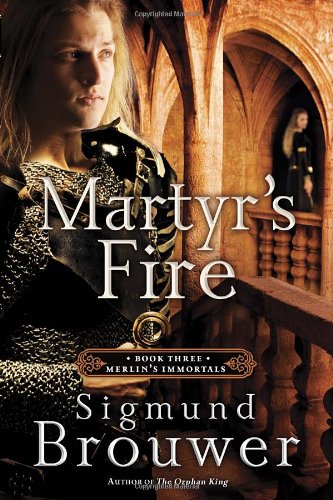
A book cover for Martyr's Fire: Book 3 in the Merlin's Immortals series; Sigmund Brouwer; Children's Books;